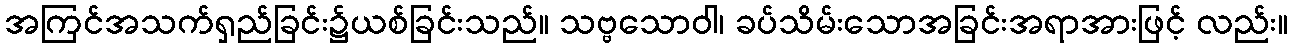
အကြင်အသက်ရှည်ခြင်း၌ယစ်ခြင်းသည်။ သဗ္ဗသောဝါ၊ ခပ်သိမ်းသောအခြင်းအရာအားဖြင့် လည်း။